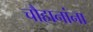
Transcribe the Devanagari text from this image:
चौहानांना